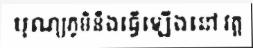
បុណ្យភូមិនឹងធ្វើឡើងនៅ វត្ត